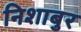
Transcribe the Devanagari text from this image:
निशाबुर